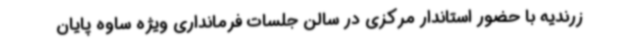
زرندیه با حضور استاندار مرکزی در سالن جلسات فرمانداری ویژه ساوه پایان‌